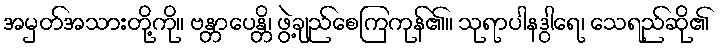
အမှတ်အသားတို့ကို။ ဗန္တာပေန္တိ၊ ဖွဲ့ချည်စေကြကုန်၏။ သုရာပါနဒွါရေ၊ သေရည်ဆို၏